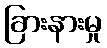
ခြားနားမှု